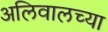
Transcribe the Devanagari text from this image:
अलिवालच्या